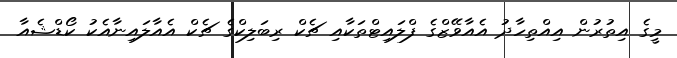
މީގެ އިތުރުން އިއްތިހާދު އެއާވޭޒްގެ ފްލައިޓްތަކާއި ޗެކް ރިބަލިކްގެ ޗެކް އެއާލައިނާއެކު ކޯޑްޝެއާ